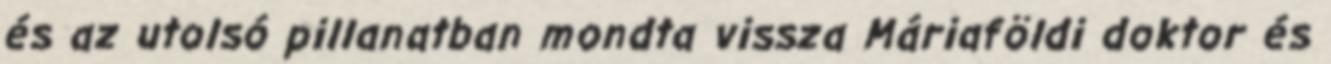
és az utolsó pillanatban mondta vissza Máriaföldi doktor és